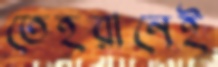
তেহরানেই